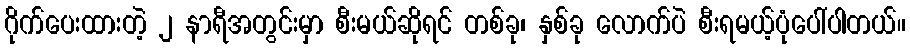
ဂိုက်ပေးထားတဲ့ ၂ နာရီအတွင်းမှာ စီးမယ်ဆိုရင် တစ်ခု၊ နှစ်ခု လောက်ပဲ စီးရမယ့်ပုံပေါ်ပါတယ်။